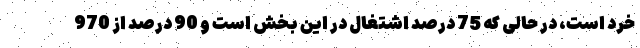
خرد است، در حالی که 75 درصد اشتغال در این بخش است و 90 درصد از 970